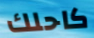
كاحلك